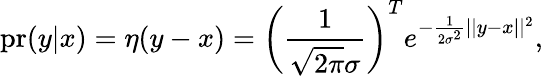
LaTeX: \mathrm{pr}(y|x)=\eta(y-x)=\bigg(\frac{1}{\sqrt{2\pi}\sigma}\bigg)^{T}e^{-\frac{1}{2\sigma^{2}}||y-x||^{2}},